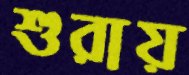
শুরায়